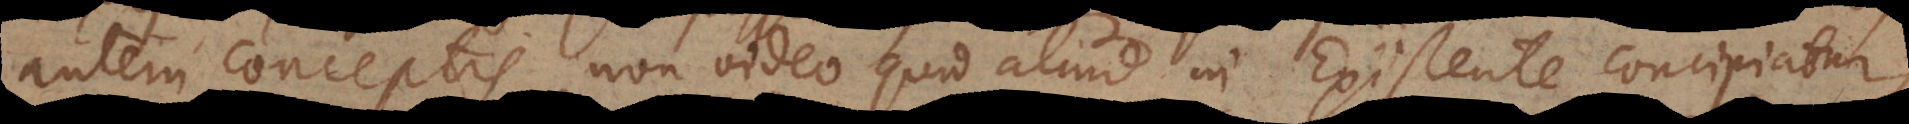
autem conceptis, non video quid aliud in Existente concipiatur,